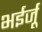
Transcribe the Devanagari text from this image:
भईर्जू